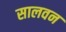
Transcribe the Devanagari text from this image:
सालवन